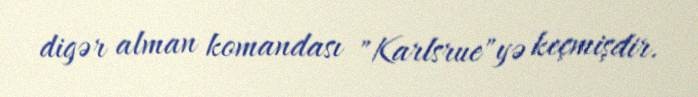
digər alman komandası "Karlsrue"yə keçmişdir.